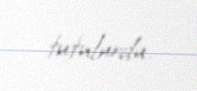
tutulurdu.